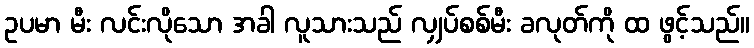
ဥပမာ မီး လင်းလိုသော အခါ လူသားသည် လျှပ်စစ်မီး ခလုတ်ကို ထ ဖွင့်သည်။